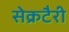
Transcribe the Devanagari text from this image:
सेक्रटैरी